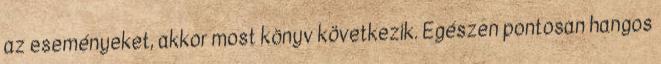
az eseményeket, akkor most könyv következik. Egészen pontosan hangos